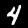
Label: 4